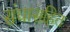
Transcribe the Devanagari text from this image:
संघासहित